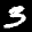
Label: 3